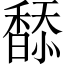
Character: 𩡋